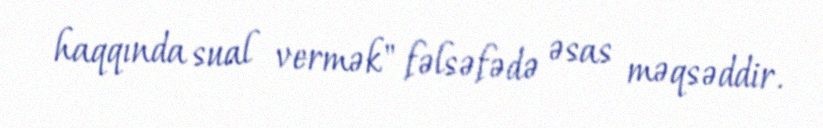
haqqında sual vermək" fəlsəfədə əsas məqsəddir.